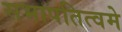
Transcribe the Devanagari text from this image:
सभापतित्वमे